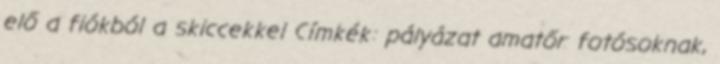
elő a fiókból a skiccekkel Címkék: pályázat amatőr fotósoknak,